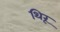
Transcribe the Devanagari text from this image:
थिरू